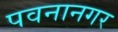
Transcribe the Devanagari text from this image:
पवनानगर